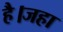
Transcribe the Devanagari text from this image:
है।जहा